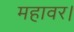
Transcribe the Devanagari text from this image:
महावर।